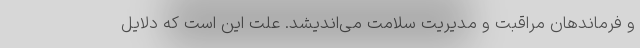
و فرماندهان مراقبت و مدیریت سلامت می‌اندیشد. علت این است که دلایل